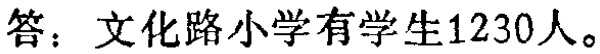
答：文化路小学有学生1230人。